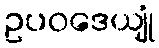
ဥပဝဒေယျုံ